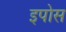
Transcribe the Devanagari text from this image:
इपोस